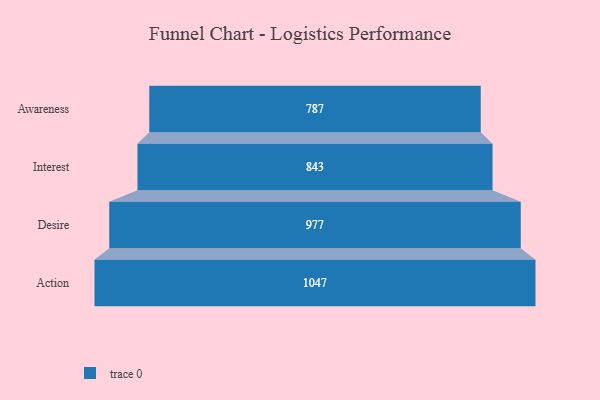
{"axis": {"x": "Stage", "y": "Value"}, "legend": [""], "data": [{"x": "Awareness", "y": 787.0, "type": ""}, {"x": "Interest", "y": 843.0, "type": ""}, {"x": "Desire", "y": 977.0, "type": ""}, {"x": "Action", "y": 1047.0, "type": ""}]}